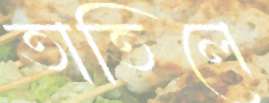
তাতিলে